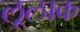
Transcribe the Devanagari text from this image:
लूलाक